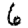
Digit: 6